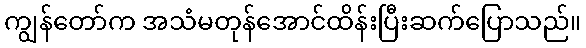
ကျွန်တော်က အသံမတုန်အောင်ထိန်းပြီးဆက်ပြောသည်။